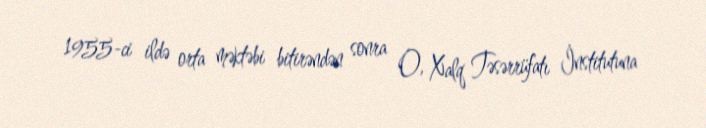
1955-ci ildə orta məktəbi bitirəndən sonra O, Xalq Təsərrüfatı İnstitutuna